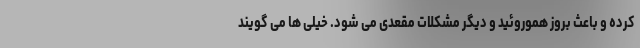
کرده و باعث بروز هموروئید و دیگر مشکلات مقعدی می شود. خیلی ها می گویند